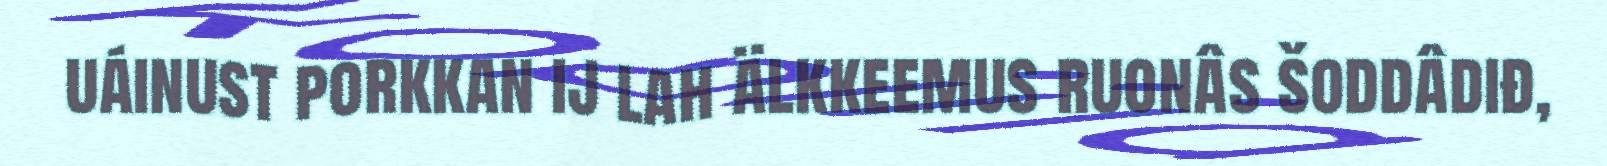
uáinust porkkan ij lah älkkeemus ruonâs šoddâdiđ,